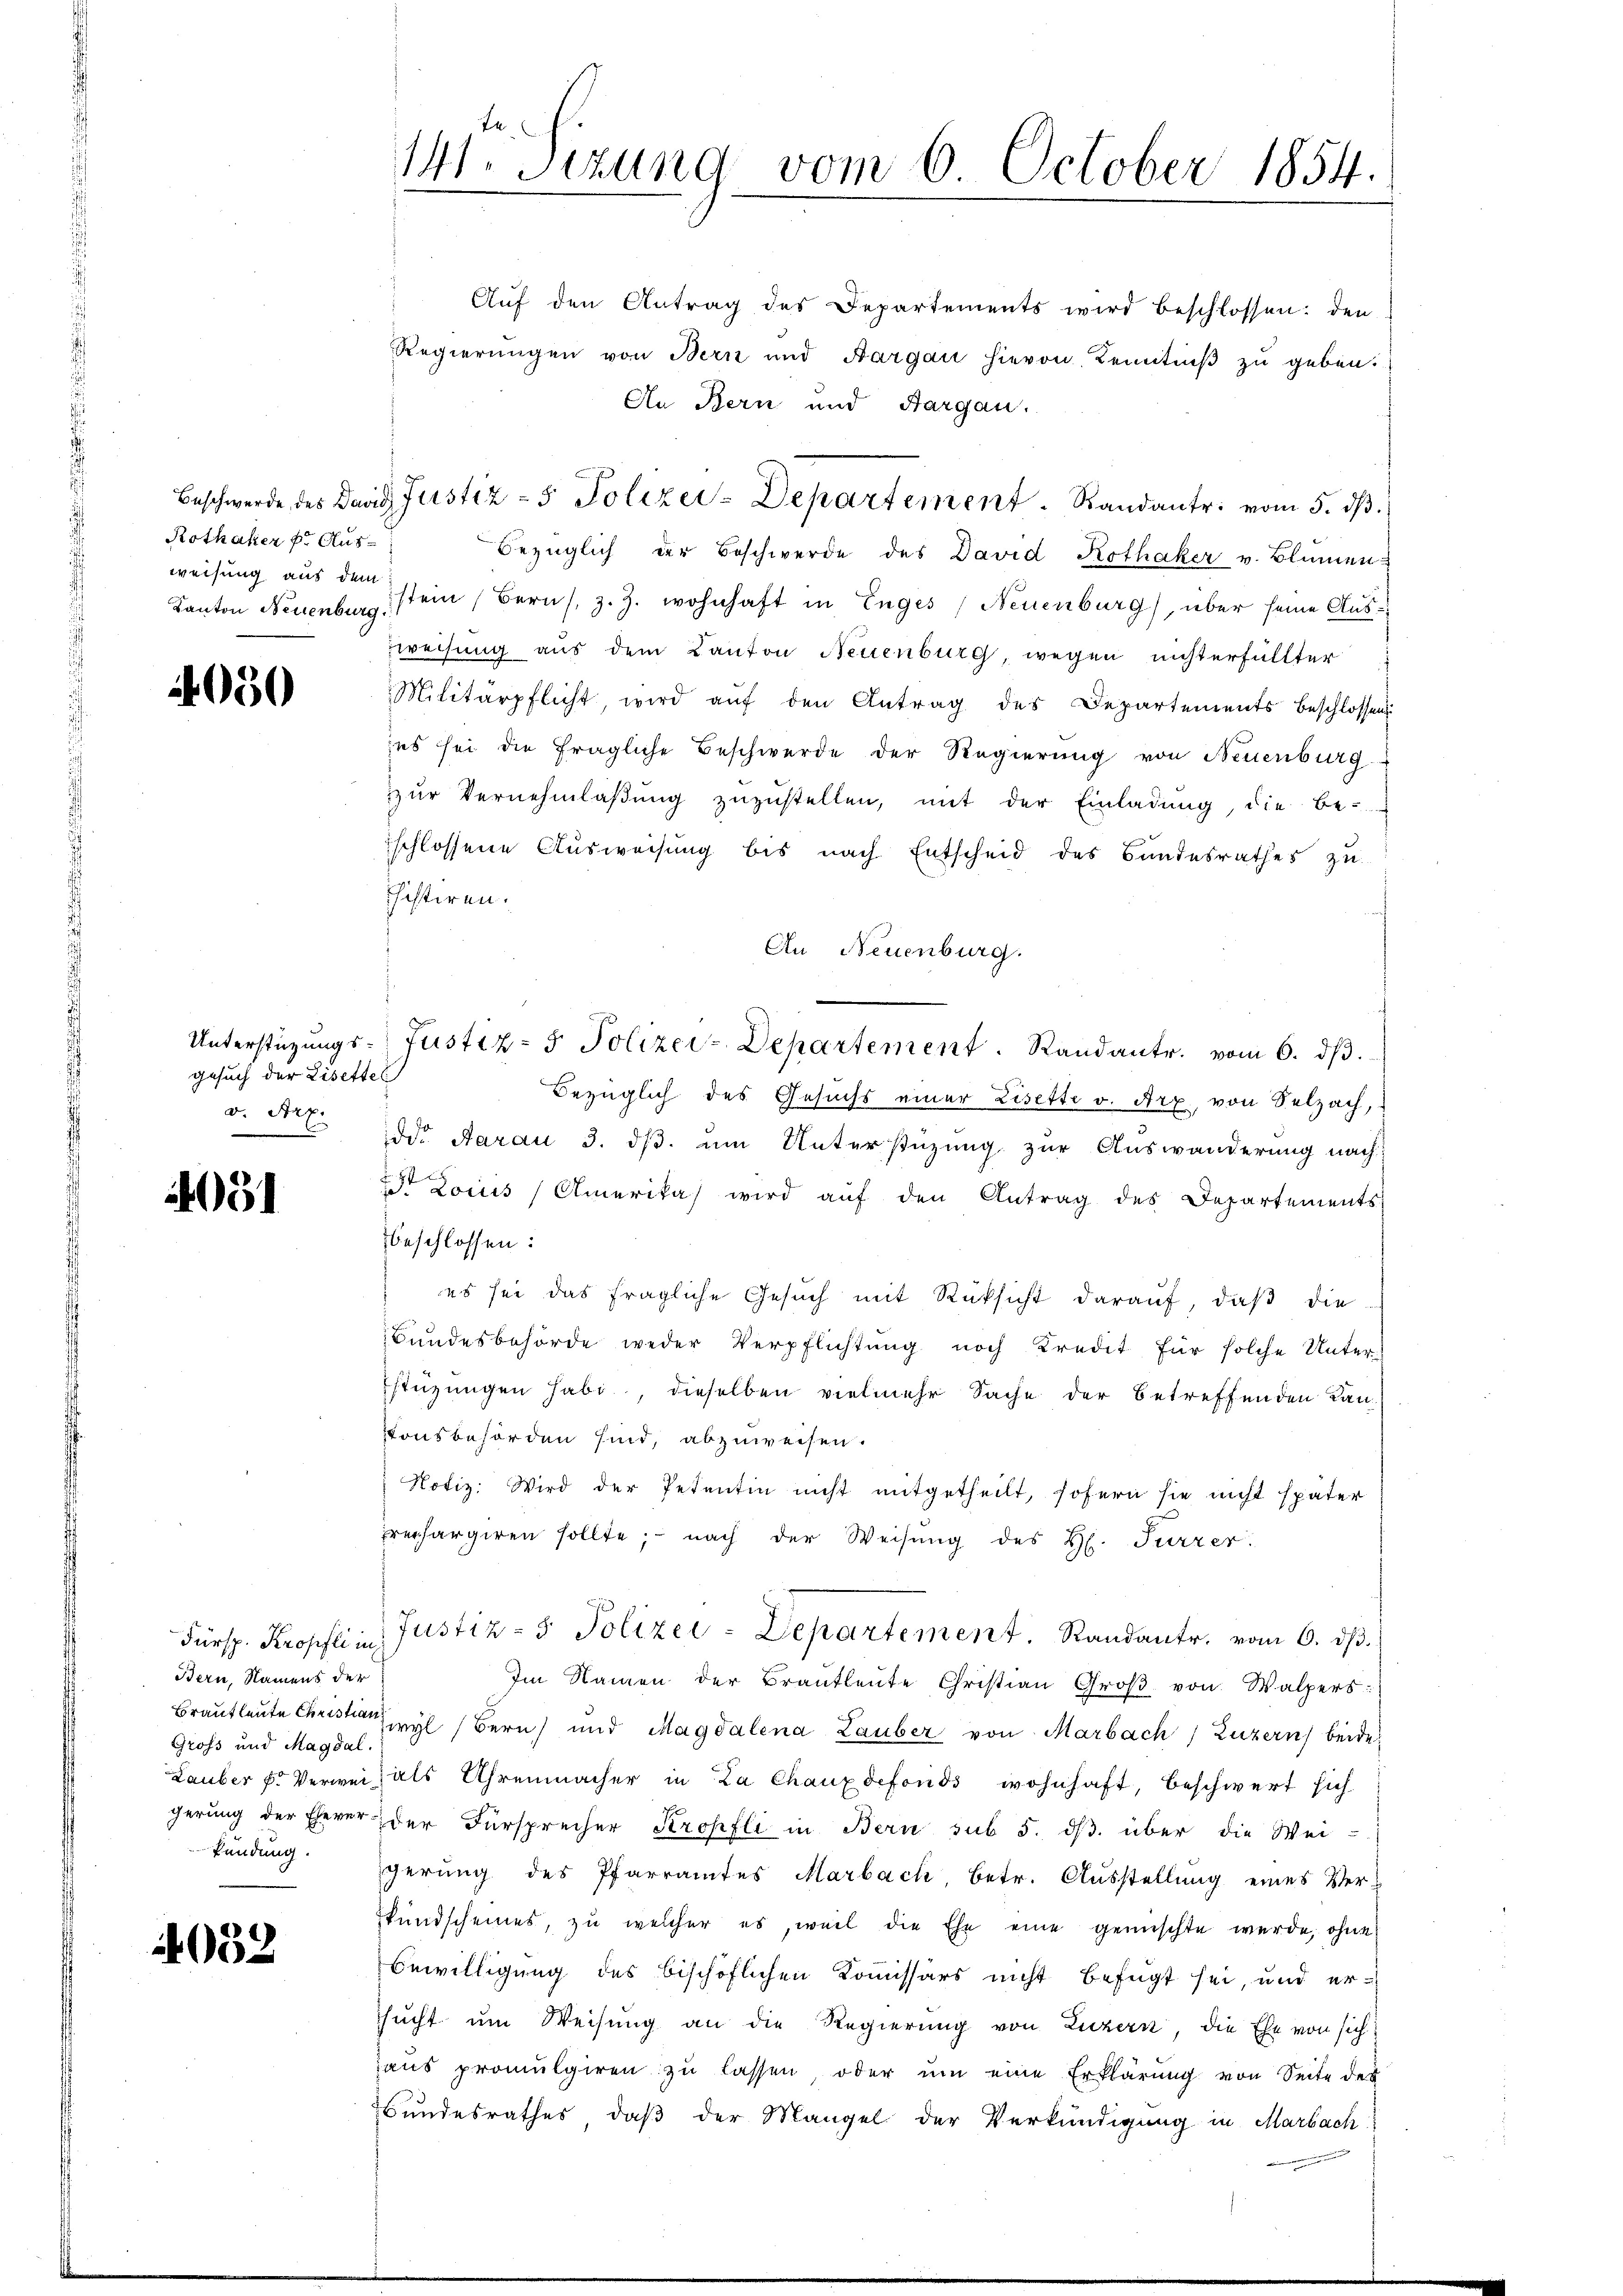
Rotheker k. Ausweisung aus dem

4050

gesuch der Lisettel
v. Art.

4051

Bern, Namens der
Gross und Magdal.

4052

141. Sitzung vom 6. October 1854.

Aŭf den Antrag des Departements wird beschlossen: den
Regierungen von Bern und Aargau hievon Kenntniß zu geben.
An Bern und Aargau.
Beschwerde des David Justiz - Polizei-Departement. Randantr. vom 5. dβ.
Bezüglich der Beschwerde des David Rothaker v. Blumen
Kanton Neuenbestem Bern, z. Z. wohnhaft in Enges, Neuenburg), über seine Aus¬
Zweisung aus dem Kanton Neuenburg, wegen nichterfüllter
Militärpflicht wird aŭf den Antrag des Departements beschlossen
ies sei die fragliche Beschwerde der Regierung von Neuenburg
zur Vernehmlaßung zuzustellen, mit der Einladung, die be-
schlossene Ausweisung bis nach Entscheid des Bundesrathes zu
chistiren.
An Neuenburg.
Unterstüzungs- Justiz- & Polizei-Departement. Randantr. vom 6. dβ.
Bezüglich des Gesuchs einer Lisette v. Arx, von Selzach,
ddr. Aarau 3. ds. um Unterstüzung zur Auswanderung nach
t Locus Amerika wird aŭf den Antrag des Departements
beschlossen:
es sei das fragliche Gesuch mit Rüksicht darauf, daß die
Bundesbehörde weder Verpflichtung noch Kredit für solche Unterstüzungen habe, dieselben vielmehr Sache der betreffenden Lanvonsbehörden sind, abzuweisen.
Notiz: Wird der Petentin nicht mitgetheilt, sofern sie nicht später
rechargiren sollte, nach der Weisŭng des H. Furrer.
Fürsp. Kropflin Justiz- & Polizei-Departement. Randantr. vom 6. dβ.
Im Namen der Brautleute Christian Groß von Walpers
Brautleute Christen wyl (Bern und Magdalena Lauber von Marbach, Luzern) beide
Lauber f. Verweis als Uhrenmacher in La Chauxdefonds wohnhaft, beschwert sich
gerung der Eherer der Fürsprecher Kropfli in Bern sub 5. ds. über die Wei-
kündung gerung des Pfarramtes Marbach, betr. Ausstellung eines Ver-
kundscheines, zu welcher es, weil die Ehe eine gemischte wurde, ohne
Bewilligung des bischöflichen Kommissärs nicht befugt sei, und er-
ssucht um Weisung an die Regierung von Luzern, die Ehe von sich
aus promulgieren zu lassen, oder um eine Erklärung von Seite der
Bundesrathes, daß der Mangel der Verkündigung in Marbach